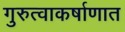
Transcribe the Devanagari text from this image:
गुरुत्वाकर्षाणात